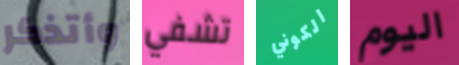
وأتذكر تشفي الكوني اليوم